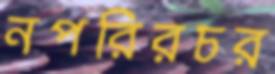
নপরিরচর